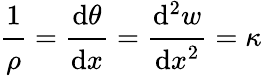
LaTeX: {\cfrac{1}{\rho}}={\cfrac{\mathrm{d}\theta}{\mathrm{d}x}}={\cfrac{\mathrm{d}^{2}w}{\mathrm{d}x^{2}}}=\kappa